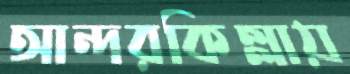
আন্দরকিল্লায়